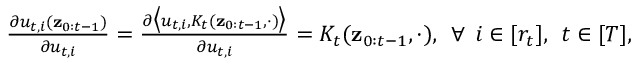
\begin{array} { r } { \frac { \partial u _ { t , i } ( { \bf z } _ { 0 : t - 1 } ) } { \partial u _ { t , i } } = \frac { \partial \big \langle u _ { t , i } , K _ { t } ( { \bf z } _ { 0 : t - 1 } , \cdot ) \big \rangle } { \partial u _ { t , i } } = K _ { t } ( { \bf z } _ { 0 : t - 1 } , \cdot ) , \: \: \forall \: \: i \in [ r _ { t } ] , \: \: t \in [ T ] , } \end{array}